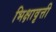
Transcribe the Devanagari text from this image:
भिक्षावृत्ती